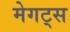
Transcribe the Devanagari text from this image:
मेगट्स